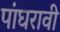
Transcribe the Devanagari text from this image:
पांघरावी